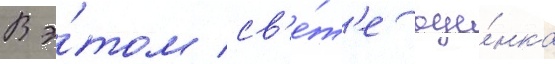
В э́том св'е́т'е оце́нка